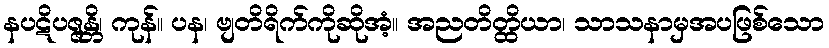
နပဋိပဇ္ဇန္တိ၊ ကုန်။ ပန၊ ဗျတိရိက်ကိုဆိုအံ့။ အညတိတ္ထိယာ၊ သာသနာမှအပဖြစ်သော